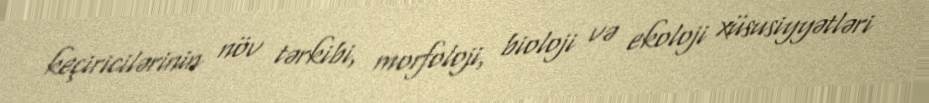
keçiricilərinin növ tərkibi, morfoloji, bioloji və ekoloji xüsusiyyətləri